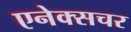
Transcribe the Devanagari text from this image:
एनेक्सचर